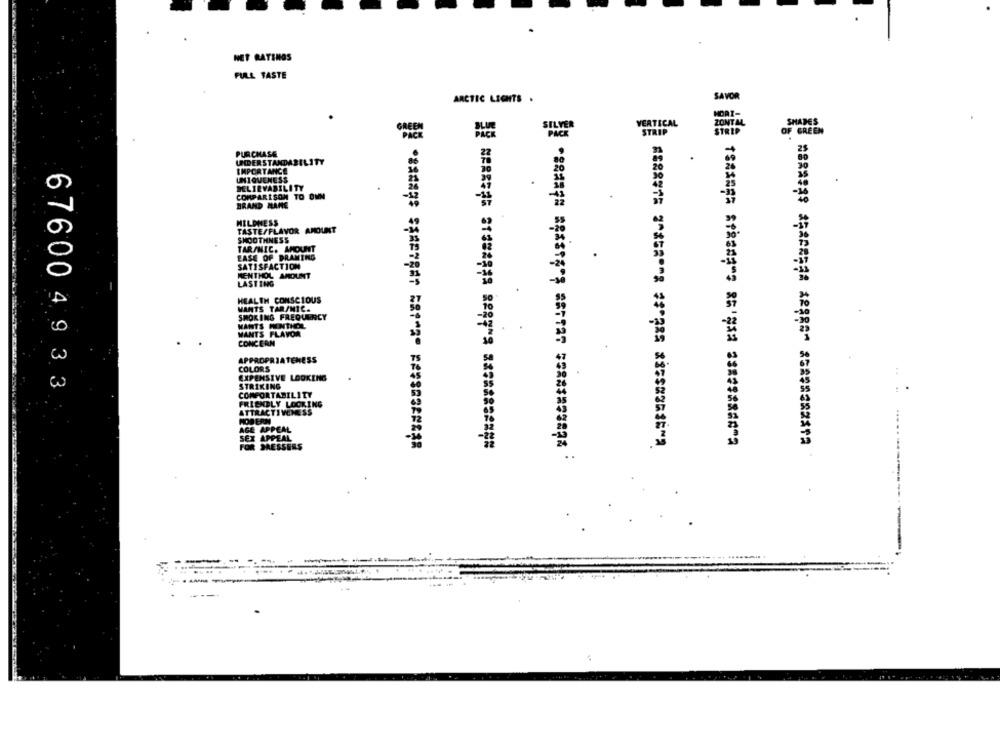
NET RATINGS
FULL TASTE
SAVOR
ARCTIC LIGHTS .
SILVER
VERTICAL
ZONT ML
GREEN
OF GREEN
PURCHASE
UNDERSTANDABILITY
IMPORTANCE
UNIQUENESS
BELIRVABILITY
COMPARISON TO OWN
BRAND NAME
HILDNESS
TASTE/FLAVOR AMOUNT
SMOOTHNESS
TAR/NIC. AMOUNT
EASE OF DRAWING
.
SATISFACTION
MENTHOL AMOUNT
LASTING
HEALTH CONSCIOUS
MANTS TAR/MIC.
SMOKING FREQUENCY
MANTS MENTHOL
MANTS FLAVOR
CONCERN
APPROPRIATENESS
COLORS
EXPENSIVE LOOKING
676004933
STRIKING
COMPORTABILITY
FRIENDLY LOOKING
ATTRACTIVENESS
AGE APPEAL
SEX
APPEAL